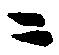
ニ